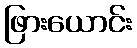
ဖြားယောင်း